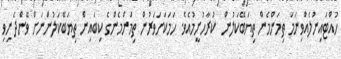
ހުއްޓައިނުލެއްވިނަމަަ ތިމަންމެން ތިޔަބޭކަލުން  ކުރާހުށީމުއެވެ. ހަމަކަށަވަރުން ތިމަންމެންގެ ކިބައިން ތިޔަބޭކަލުންނަށް ވޭންދެނިވި